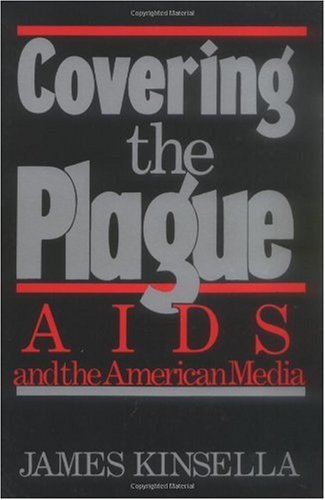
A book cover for Covering the Plague: AIDS and the American Media; James Kinsella; Health, Fitness & Dieting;